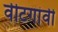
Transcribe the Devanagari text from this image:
वीटगांवी